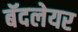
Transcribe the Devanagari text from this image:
बॅदलेयर